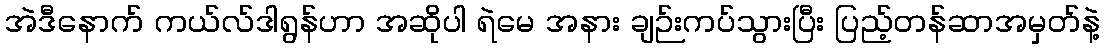
အဲဒီနောက် ကယ်လ်ဒါရွန်ဟာ အဆိုပါ ရဲမေ အနား ချဉ်းကပ်သွားပြီး ပြည့်တန်ဆာအမှတ်နဲ့